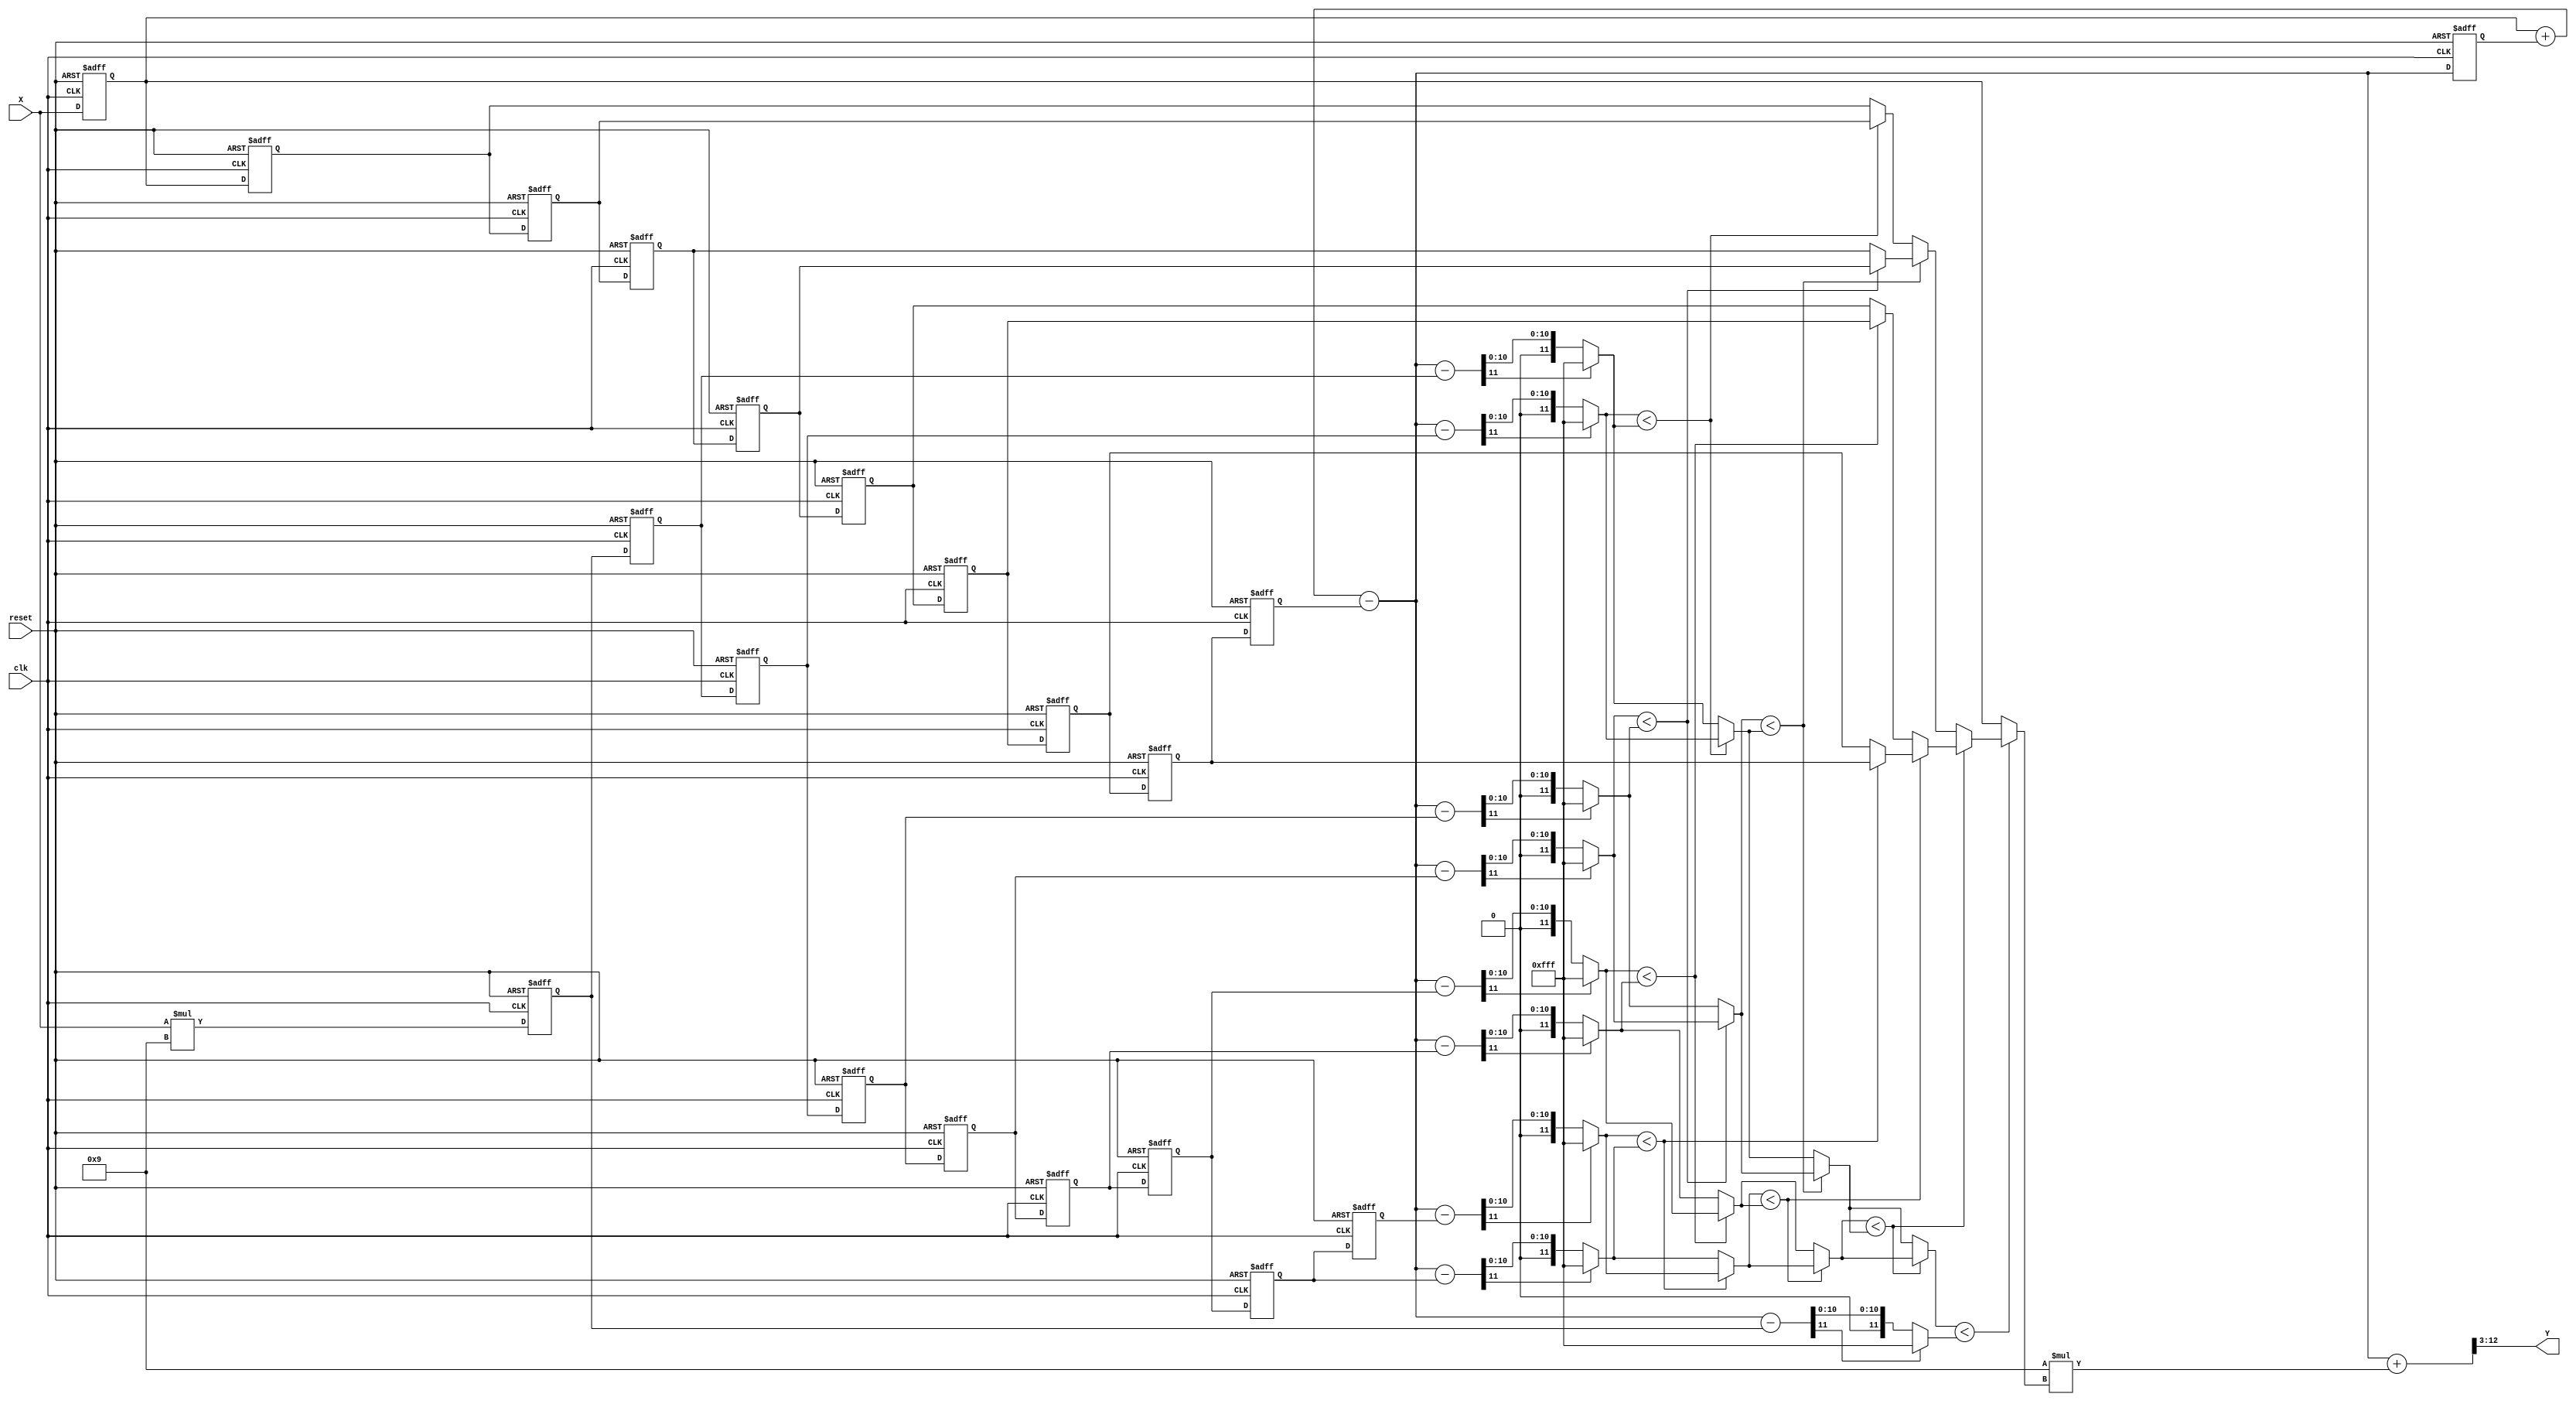
//`timescale 1ns/10ps
module CS(Y,  X, reset, clk);
input         clk, reset; 
input  [7:0]  X;
output [9:0]  Y;
reg    [7:0]  X1,X2,X3,X4,X5,X6,X7,X8,X9,X1_d;
reg    [11:0] S1,S2,S3,S4,S5,S6,S7,S8,S9;
reg    [11:0] Xt;
wire   [11:0] Xt_temp=X9+Xt-X1_d;
wire   [11:0] C1_temp=Xt_temp-S1;
wire   [11:0] C2_temp=Xt_temp-S2;
wire   [11:0] C3_temp=Xt_temp-S3;
wire   [11:0] C4_temp=Xt_temp-S4;
wire   [11:0] C5_temp=Xt_temp-S5;
wire   [11:0] C6_temp=Xt_temp-S6;
wire   [11:0] C7_temp=Xt_temp-S7;
wire   [11:0] C8_temp=Xt_temp-S8;
wire   [11:0] C9_temp=Xt_temp-S9;
reg    [11:0] C1,C2,C3,C4,C5,C6,C7,C8,C9;
reg    [11:0] P1,P2,P3,P4,Q1,Q2,R1;
reg    [7:0]  PV1,PV2,PV3,PV4,QV1,QV2,RV1,Ycomp;
wire   [11:0] Y1=9*Ycomp;
wire   [12:0] Y2=Xt_temp+Y1;
wire   [9:0]  Y=Y2>>3;    //Y=(Xt+9xYcomp)>>3

 always @(posedge clk or posedge reset)begin  // store the 9 data of input X by shift register
    if(reset) begin  
       X1_d<=0;
       X1<=0; X2<=0; X3<=0;
       X4<=0; X5<=0; X6<=0;       
       X7<=0; X8<=0; X9<=0;            
    end 
    else begin
       X1_d<=X1;
       X1<=X2; X2<=X3; X3<=X4;
       X4<=X5; X5<=X6; X6<=X7;
       X7<=X8; X8<=X9; X9<=X;
    end
 end

 always @(posedge clk or posedge reset)begin  // store the 9 data of input (X * 9) by shift register
    if(reset) begin
       S1<=0; S2<=0; S3<=0;
       S4<=0; S5<=0; S6<=0;       
       S7<=0; S8<=0; S9<=0;             
    end 
    else begin
       S1<=S2; S2<=S3; S3<=S4;
       S4<=S5; S5<=S6; S6<=S7;
       S7<=S8; S8<=S9; S9<=X*4'd9;
    end
 end

 always @(posedge clk or posedge reset)begin  //Summary every 9 X result
    if(reset)   Xt=0;
    else        Xt=Xt_temp;
 end

//######  The Comparsion and get smallest value  ######
 always @(C1_temp or C2_temp or C3_temp or C4_temp or C5_temp or C6_temp or C7_temp or C8_temp or C9_temp)begin
    if(C1_temp[11])  C1=4095; else  C1=C1_temp;
    if(C2_temp[11])  C2=4095; else  C2=C2_temp;
    if(C3_temp[11])  C3=4095; else  C3=C3_temp;
    if(C4_temp[11])  C4=4095; else  C4=C4_temp;
    if(C5_temp[11])  C5=4095; else  C5=C5_temp;
    if(C6_temp[11])  C6=4095; else  C6=C6_temp;
    if(C7_temp[11])  C7=4095; else  C7=C7_temp;
    if(C8_temp[11])  C8=4095; else  C8=C8_temp;
    if(C9_temp[11])  C9=4095; else  C9=C9_temp;                
 end

 always @(C1 or C2 or C3 or C4 or C5 or C6 or C7 or C8 or X1 or X2 or X3 or X4 or X5 or X6 or X7 or X8)begin
    if(C1 < C2)begin P1=C1; PV1=X1; end   else begin P1=C2; PV1=X2;  end   
    if(C3 < C4)begin P2=C3; PV2=X3; end   else begin P2=C4; PV2=X4;  end    
    if(C5 < C6)begin P3=C5; PV3=X5; end   else begin P3=C6; PV3=X6;  end
    if(C7 < C8)begin P4=C7; PV4=X7; end   else begin P4=C8; PV4=X8;  end
 end

 always @(P1 or P2 or P3 or P4 or PV1 or PV2 or PV3 or PV4) begin
    if(P1 < P2)begin Q1=P1; QV1=PV1; end  else begin Q1=P2; QV1=PV2; end   
    if(P3 < P4)begin Q2=P3; QV2=PV3; end  else begin Q2=P4; QV2=PV4; end    
 end

 always @(Q1 or Q2 or QV1 or QV2)begin
    if(Q1 < Q2)begin R1=Q1; RV1=QV1; end  else begin R1=Q2; RV1=QV2; end    
 end
 
 always @(R1 or RV1 or C9 or X9)begin
    if(R1 < C9)begin Ycomp=RV1;      end  else begin Ycomp=X9;       end
 end
  
endmodule